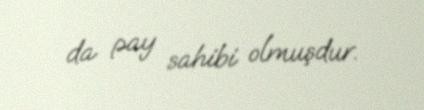
da pay sahibi olmuşdur.